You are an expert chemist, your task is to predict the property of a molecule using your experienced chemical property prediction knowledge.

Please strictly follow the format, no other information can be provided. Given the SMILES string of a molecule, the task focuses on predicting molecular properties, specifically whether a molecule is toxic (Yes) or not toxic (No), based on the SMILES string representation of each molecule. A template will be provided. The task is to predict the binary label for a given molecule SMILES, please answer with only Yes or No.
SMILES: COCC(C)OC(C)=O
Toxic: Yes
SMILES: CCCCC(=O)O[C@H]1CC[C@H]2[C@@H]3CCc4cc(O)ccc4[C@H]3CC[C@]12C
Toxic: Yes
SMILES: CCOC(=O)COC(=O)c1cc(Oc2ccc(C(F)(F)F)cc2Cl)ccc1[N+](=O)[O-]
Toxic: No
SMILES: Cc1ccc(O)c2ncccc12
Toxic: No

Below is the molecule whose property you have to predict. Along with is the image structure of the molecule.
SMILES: O=C(CCl)c1ccc(Cl)cc1Cl
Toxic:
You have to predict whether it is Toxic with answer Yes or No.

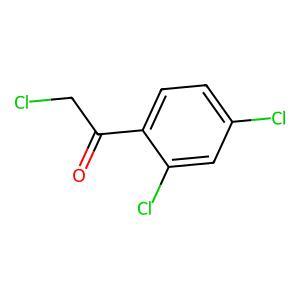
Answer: No